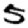
Digit: 5